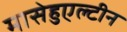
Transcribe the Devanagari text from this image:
मासेहुएल्टीन